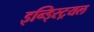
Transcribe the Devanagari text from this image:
इन्ड्स्ट्रियल